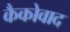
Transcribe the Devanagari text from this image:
कैकोवाद